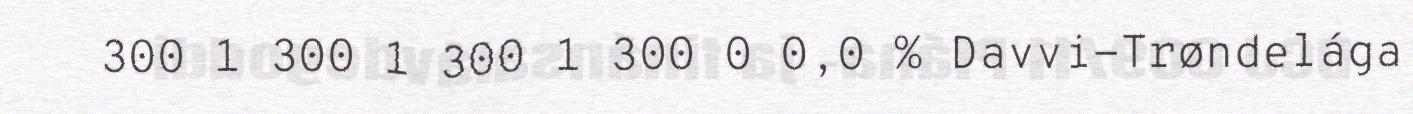
300 1 300 1 300 1 300 0 0,0 % Davvi-Trøndelága